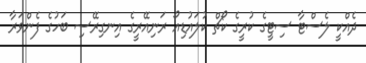
ދެއްކީ ލެސްޓާ ސިޓީގެ ކުރީގެ ކޯޗް ކުލައުޑިއޯ ރަނިއޭރީގެ އިނގިރޭސި ބަހުގެ ފެންވަރާ